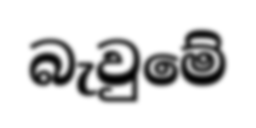
බැවුමේ